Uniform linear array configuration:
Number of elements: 8
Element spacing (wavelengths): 0.75
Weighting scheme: kaiser
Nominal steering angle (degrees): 30
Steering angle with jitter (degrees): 31.878
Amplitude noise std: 0.05
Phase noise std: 0.05

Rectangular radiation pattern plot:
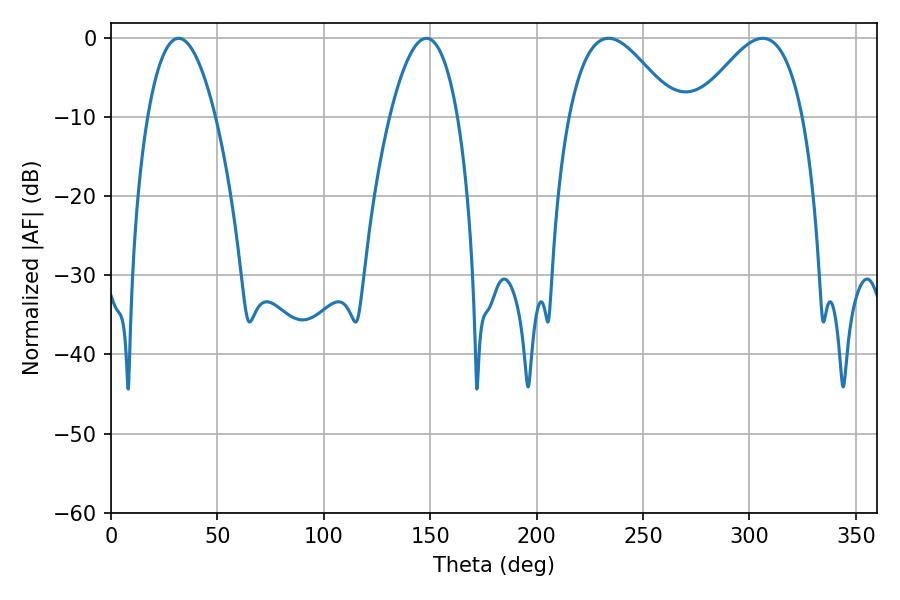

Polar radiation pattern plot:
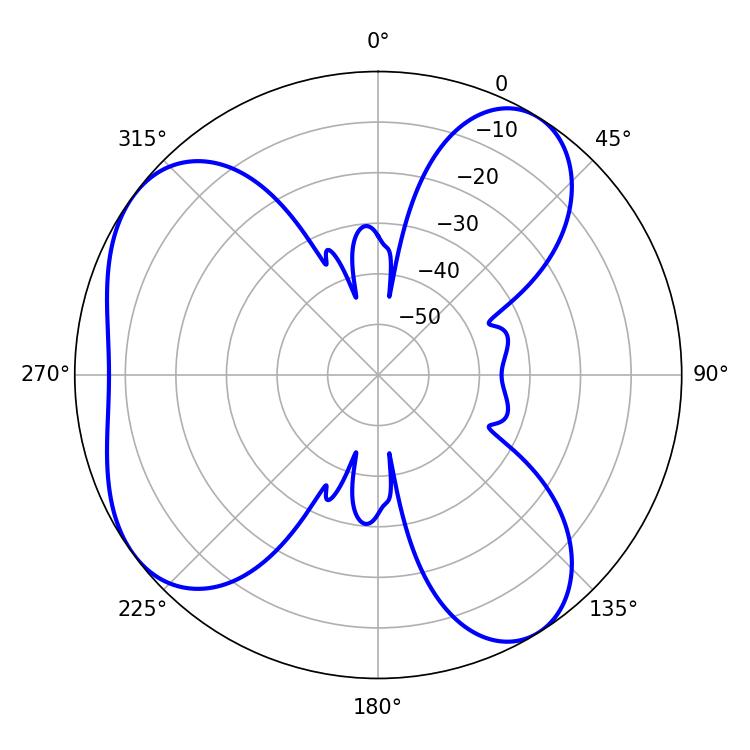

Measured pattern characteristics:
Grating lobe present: TRUE
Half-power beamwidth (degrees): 27
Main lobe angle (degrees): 233.82